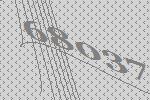
68037